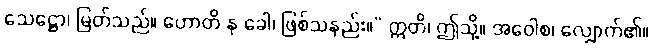
သေဋ္ဌော၊ မြတ်သည်။ ဟောတိ နု ခေါ၊ ဖြစ်သနည်း။” ဣတိ၊ ဤသို့။ အဝေါစ၊ လျှောက်၏။